Annual administration report of the Bombay Presidency - 1887-1892
Year: 1887
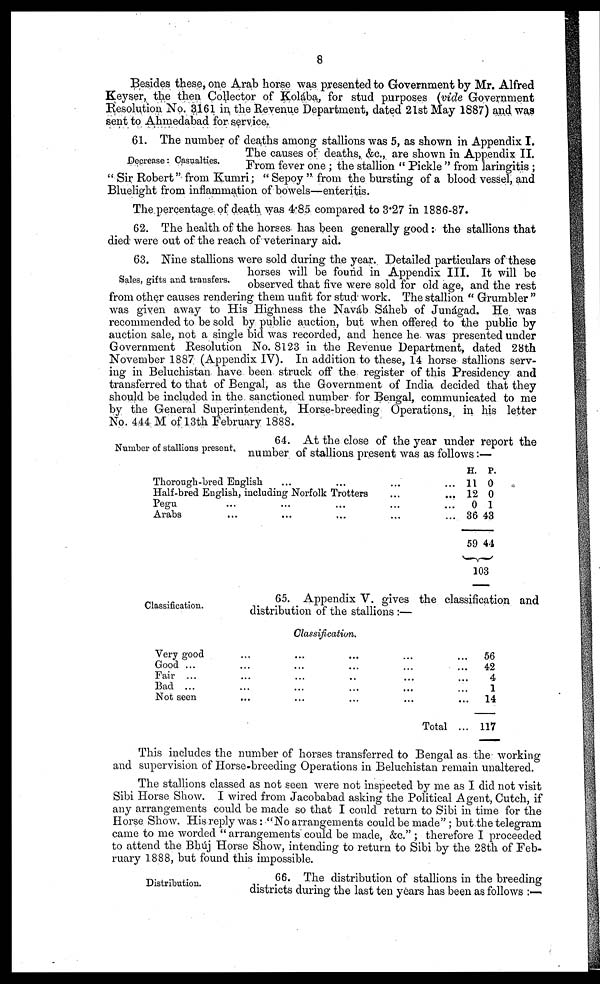
8
Besides these, one Arab horse was presented to Government by Mr. Alfred
Keyser, the then Collector of Kolába, for stud purposes (vide Government
Resolution No. 3161 in the Revenue Department, dated 21st May 1887) and was
sent to Ahmedabad for service.
Decrease : Casualties.
61. The number of deaths among stallions was 5, as shown in Appendix I.
The causes of deaths, &c, are shown in Appendix II.
From fever one ; the stallion " Pickle " from laringitis ;
" Sir Robert" from Kumri; "Sepoy " from the bursting of a blood vessel, and
Bluelight from inflammation of bowels—enteritis.
The percentage of death was 4.85 compared to 3.27 in 1886-87.
62. The health of the horses has been generally good: the stallions that
died were out of the reach of veterinary aid.
Sales, gifts and transfers.
63. Nine stallions were sold during the year. Detailed particulars of these
horses will be found in Appendix III. It will be
observed that five were sold for old age, and the rest
from other causes rendering them unfit for stud work. The stallion " Grumbler "
was given away to His Highness the Naváb Sáheb of Junágad. He was
recommended to be sold by public auction, but when offered to the public by
auction sale, not a single bid was recorded, and hence he was presented under
Government Resolution No. 8123 in the Revenue Department, dated 28th
November 1887 (Appendix IV). In addition to these, 14 horse stallions serv-
ing in Beluchistan have been struck off the register of this Presidency and
transferred to that of Bengal, as the Government of India decided that they
should be included in the sanctioned number for Bengal, communicated to me
by the General Superintendent, Horse-breeding Operations, in his letter
No. 444 M of 13th February 1888.
Number of stallions present.
64. At the close of the year under report the
number of stallions present was as follows:—
Thorough-bred
English
...
...
...
...
Half-bred English, including Norfolk Trotters
...
...
Pegu
...
...
......
...
Arabs
...
...
...
...
...
H.
11
12
0
36
59
P.
0
0
1
43
44
103
Classification.
65. Appendix V. gives the classification and
distribution of the stallions :—
Classification.
Very
good..............
Good
..................
Fair
.................
Bad
..................
Not
seen...............
Total...
56
42
4
1
14
117
This includes the number of horses transferred to Bengal as the working
and supervision of Horse-breeding Operations in Beluchistan remain unaltered.
The stallions classed as not seen were not inspected by me as I did not visit
Sibi Horse Show. I wired from Jacobabad asking the Political Agent, Cutch, if
any arrangements could be made so that I could return to Sibi in time for the
Horse Show. His reply was: "No arrangements could be made" ; but the telegram
came to me worded " arrangements could be made, &c." ; therefore I proceeded
to attend the Bhúj Horse Show, intending to return to Sibi by the 28th of Feb-
ruary 1888, but found this impossible.
Distribution.
66. The distribution of stallions in the breeding
districts during the last ten years has been as follows :—